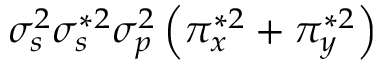
\sigma _ { s } ^ { 2 } \sigma _ { s } ^ { * 2 } \sigma _ { p } ^ { 2 } \left( \pi _ { x } ^ { * 2 } + \pi _ { y } ^ { * 2 } \right)